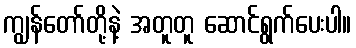
ကျွန်တော်တို့နဲ့ အတူတူ ဆောင်ရွက်ပေးပါ။